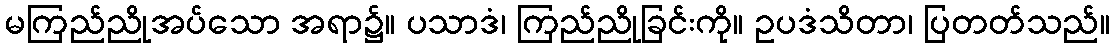
မကြည်ညိုအပ်သော အရာ၌။ ပသာဒံ၊ ကြည်ညိုခြင်းကို။ ဥပဒံသိတာ၊ ပြတတ်သည်။